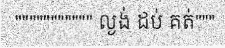
""""""""""" ល្ងង់ ដប់ គត់"""